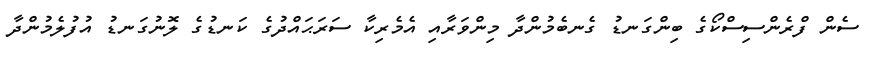
ސެން ފްރެންސިސްކޯގެ ބިންގަނޑު ގެނބެމުންދާ މިންވަރާއި އެމެރިކާ ސަރަޙައްދުގެ ކަނޑުގެ ލޮނުގަނޑު އުފުލެމުންދާ